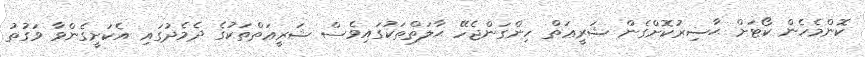
ކޮންމެހެން ކޯޓަށް ޙާޟިރުކޮށްގެން ޝަރީޢަތް ހިންގަންޖެހޭ ޙާލަތްތަކުގައިވެސް ޝަރީޢަތްތަކުގެ ދެމެދުގައި އެކަށީގެންވާ ވަގުތު